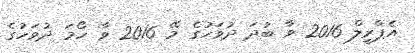
އެޕްރީލް 2016 ވާ ބުދަ ދުވަހުގެ މޭ 2016 ވާ ހޯމަ ދުވަހުގެ